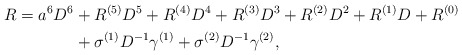
\begin{align*}R=a^6 D^6&+ R^{(5)}D^5 + R^{(4)}D^4 + R^{(3)}D^3 + R^{(2)}D^2 + R^{(1)}D + R^{(0)}\\&+\sigma^{(1)} D^{-1}\gamma^{(1)}+\sigma^{(2)} D^{-1}\gamma^{(2)},\end{align*}